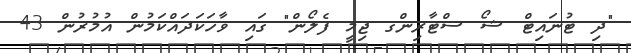
"ދި ޓުނައިޓް ޝޯ ސްޓާރިންގ ޖިމީ ފެލޯން" ގައި ވާހަކަދައްކަމުން އުމުރުން 43